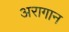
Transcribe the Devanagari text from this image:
अरागान